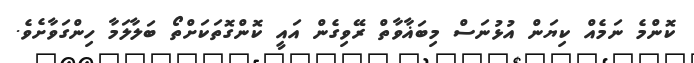
ކޮންމެ ނަމެއް ކިޔަން އުޅުނަސް މިބަޣާވާތް ރޭވިގެން އައީ ކޮންގޮތަކަށްތޯ ބަލާލަމާ ހިންގަވާށެވެ.